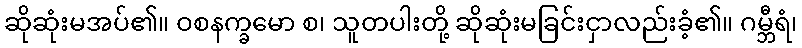
ဆိုဆုံးမအပ်၏။ ဝစနက္ခမော စ၊ သူတပါးတို့ ဆိုဆုံးမခြင်းငှာလည်းခံ့၏။ ဂမ္ဘီရံ၊